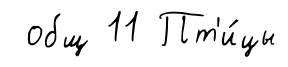
общ 11 Пт'и́цы